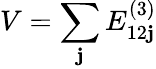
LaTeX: V=\sum_{\mathbf{j}}E_{12\mathbf{j}}^{(3)}